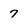
Character: 7